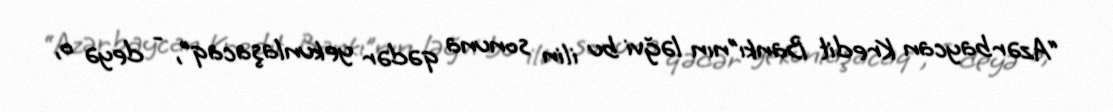
“Azərbaycan Kredit Bankı”nın ləğvi bu ilin sonuna qədər yekunlaşacaq”, - deyə o,